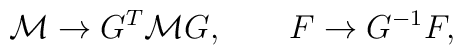
{\cal M} \to G^T {\cal M} G, \qquad F \to G^{-1} F,